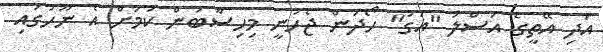
އަދި އޭތީގެ އަސްލު "އަގު" ހޯދަން ޖެހުނީ މިހިސާބުން ކަމަށް އެ ނޫހުގައި